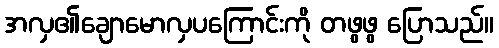
အလှ၏ချောမောလှပကြောင်းကို တဖွဖွ ပြောသည်။